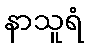
နာသူရံ